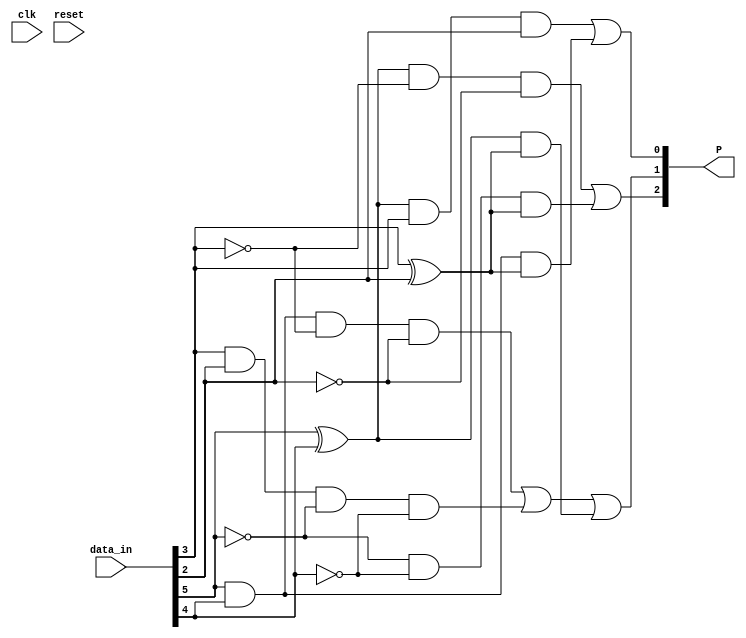
`timescale 1ns / 1ps
//////////////////////////////////////////////////////////////////////////////////
// Company: 
// Engineer: 
// 
// Design Name: 
// Module Name: fcn6b
// Project Name: 
// Target Devices: 
// Tool Versions: 
// Description: 
// 
// Dependencies: 
// 
// Revision:
// Revision 0.01 - File Created
// Additional Comments:
// 
//////////////////////////////////////////////////////////////////////////////////


module fcn6b(
    input clk, 
    input reset,
    input [5:0] data_in,
    output [2:0] P
    );
    
    wire a, b, c, d, e, i, P13, P22, P31;
    assign {a, b, c, d, e, i} = data_in;
    
    assign P13 = ((a^b) & ~c & ~d) | 
                 (~a & ~b & (c^d)) ;                // a and b diff, c=d=0 OR a=b=0, c and d diff
    assign P31 = ((a^b) & c & d) | (a & b & (c^d)); // a and b diff, c=d=1 OR a=b=1, c and d diff 
    assign P22 = (a & b & ~c & ~d) |
                 (c & d & ~a & ~b) |                  // a=b=1, c=d=0 OR a=b=0, c=d=1
                 ((a^b) & (c^d)) ;                    // a,b diff, c,d diff, so 2 1s and 2 0s         
     assign P = {P13, P22, P31};
endmodule